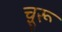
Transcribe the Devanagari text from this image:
चू़रू